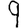
Digit: 9